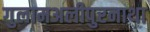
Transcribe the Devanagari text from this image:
गुलामअलीपुरनाथा